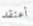
أعتقد